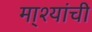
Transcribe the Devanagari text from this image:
मा्श्यांची